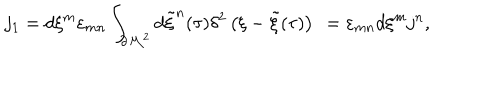
j _ { 1 } = d \xi ^ { m } \varepsilon _ { m n } \int _ { \partial { \cal M } ^ { 2 } } d { \tilde { \xi } } ^ { n } ( \tau ) \delta ^ { 2 } \left( \xi - { \tilde { \xi } } ( \tau ) \right) ~ = \varepsilon _ { m n } d \xi ^ { m } j ^ { n } , \qquad